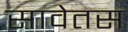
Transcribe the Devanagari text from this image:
सावेतस